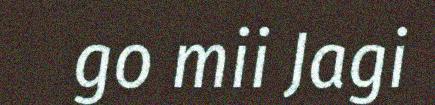
go mii Jagi